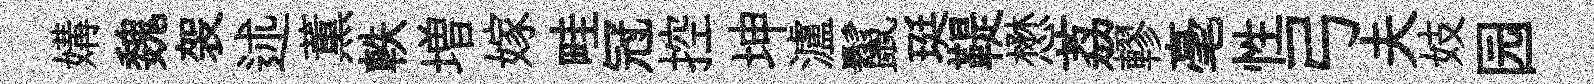
媾魏袈述薫軼増嫁畦冠控坤瀘鬣珽鞮懋荔轇毫性弓夫妓园